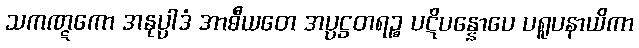
သကဏ္ဋကော အနုပ္ပါဒံ အာဓီယတေ အပ္ပဋ္ဌတရဉ္စ ပဋိပန္နောပေ ပရူပနာယိကာ